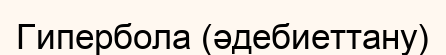
Гипербола (әдебиеттану)